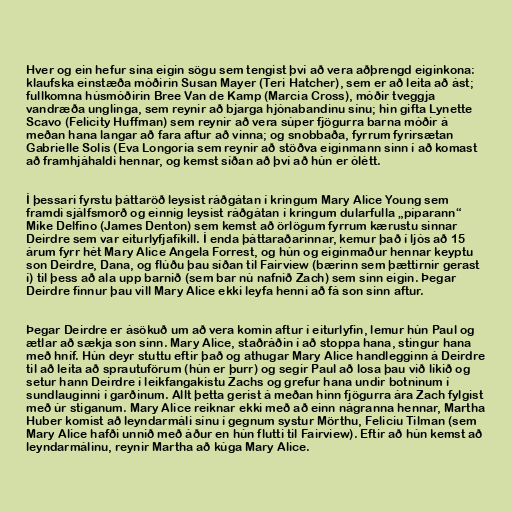
Hver og ein hefur sína eigin sögu sem tengist því að vera aðþrengd eiginkona:
klaufska einstæða móðirin Susan Mayer (Teri Hatcher), sem er að leita að ást;
fullkomna húsmóðirin Bree Van de Kamp (Marcia Cross), móðir tveggja
vandræða unglinga, sem reynir að bjarga hjónabandinu sínu; hin gifta Lynette
Scavo (Felicity Huffman) sem reynir að vera súper fjögurra barna móðir á
meðan hana langar að fara aftur að vinna; og snobbaða, fyrrum fyrirsætan
Gabrielle Solis (Eva Longoria sem reynir að stöðva eiginmann sinn í að komast
að framhjáhaldi hennar, og kemst síðan að því að hún er ólétt.

Í þessari fyrstu þáttaröð leysist ráðgátan í kringum Mary Alice Young sem
framdi sjálfsmorð og einnig leysist ráðgátan í kringum dularfulla „píparann“
Mike Delfino (James Denton) sem kemst að örlögum fyrrum kærustu sinnar
Deirdre sem var eiturlyfjafíkill. Í enda þáttaraðarinnar, kemur það í ljós að 15
árum fyrr hét Mary Alice Angela Forrest, og hún og eiginmaður hennar keyptu
son Deirdre, Dana, og flúðu þau síðan til Fairview (bærinn sem þættirnir gerast
í) til þess að ala upp barnið (sem bar nú nafnið Zach) sem sinn eigin. Þegar
Deirdre finnur þau vill Mary Alice ekki leyfa henni að fá son sinn aftur.

Þegar Deirdre er ásökuð um að vera komin aftur í eiturlyfin, lemur hún Paul og
ætlar að sækja son sinn. Mary Alice, staðráðin í að stoppa hana, stingur hana
með hníf. Hún deyr stuttu eftir það og athugar Mary Alice handlegginn á Deirdre
til að leita að sprautuförum (hún er þurr) og segir Paul að losa þau við líkið og
setur hann Deirdre í leikfangakistu Zachs og grefur hana undir botninum í
sundlauginni í garðinum. Allt þetta gerist á meðan hinn fjögurra ára Zach fylgist
með úr stiganum. Mary Alice reiknar ekki með að einn nágranna hennar, Martha
Huber komist að leyndarmáli sínu í gegnum systur Mörthu, Feliciu Tilman (sem
Mary Alice hafði unnið með áður en hún flutti til Fairview). Eftir að hún kemst að
leyndarmálinu, reynir Martha að kúga Mary Alice.